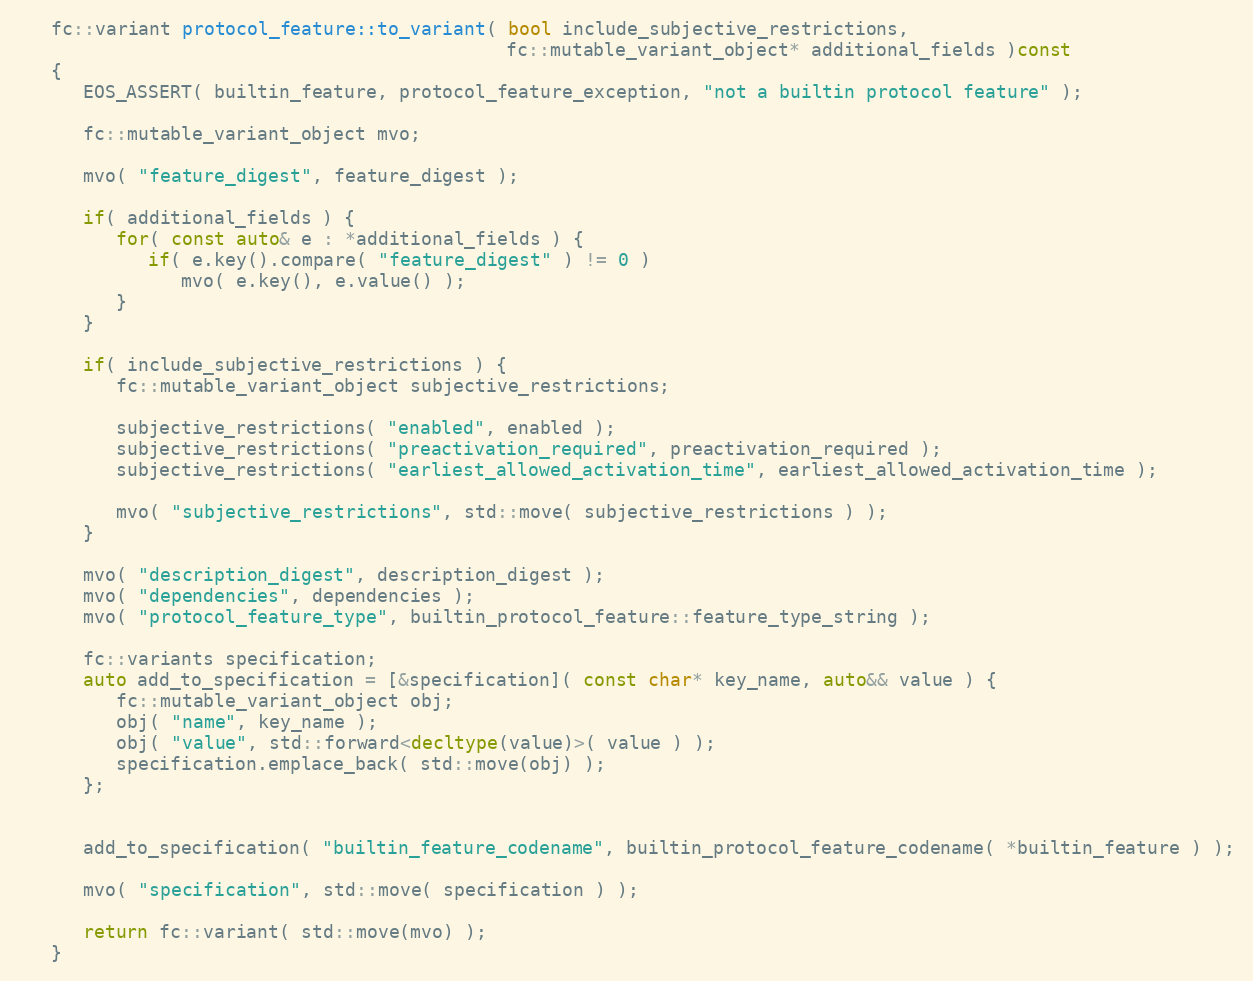
Language: C++
   fc::variant protocol_feature::to_variant( bool include_subjective_restrictions,
                                             fc::mutable_variant_object* additional_fields )const
   {
      EOS_ASSERT( builtin_feature, protocol_feature_exception, "not a builtin protocol feature" );

      fc::mutable_variant_object mvo;

      mvo( "feature_digest", feature_digest );

      if( additional_fields ) {
         for( const auto& e : *additional_fields ) {
            if( e.key().compare( "feature_digest" ) != 0 )
               mvo( e.key(), e.value() );
         }
      }

      if( include_subjective_restrictions ) {
         fc::mutable_variant_object subjective_restrictions;

         subjective_restrictions( "enabled", enabled );
         subjective_restrictions( "preactivation_required", preactivation_required );
         subjective_restrictions( "earliest_allowed_activation_time", earliest_allowed_activation_time );

         mvo( "subjective_restrictions", std::move( subjective_restrictions ) );
      }

      mvo( "description_digest", description_digest );
      mvo( "dependencies", dependencies );
      mvo( "protocol_feature_type", builtin_protocol_feature::feature_type_string );

      fc::variants specification;
      auto add_to_specification = [&specification]( const char* key_name, auto&& value ) {
         fc::mutable_variant_object obj;
         obj( "name", key_name );
         obj( "value", std::forward<decltype(value)>( value ) );
         specification.emplace_back( std::move(obj) );
      };

      add_to_specification( "builtin_feature_codename", builtin_protocol_feature_codename( *builtin_feature ) );

      mvo( "specification", std::move( specification ) );

      return fc::variant( std::move(mvo) );
   }